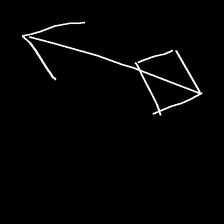
Glyph: focus